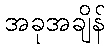
အခုအချိန်